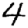
Digit: 4